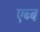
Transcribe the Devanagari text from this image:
एब्ब